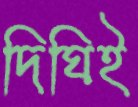
দিঘিই